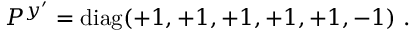
P ^ { y ^ { \prime } } = \mathrm { d i a g } ( + 1 , + 1 , + 1 , + 1 , + 1 , - 1 ) ~ . ~ \,